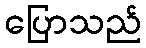
ပြောသည်